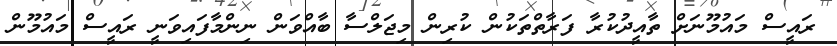
ރައީސް މައުމޫނަށް ތާއީދުކުރާ ފަރާތްތަކުން ކުރިން މިޖަލްސާ ބާއްވަން ނިންމާފައިވަނީ ރައީސް މައުމޫން